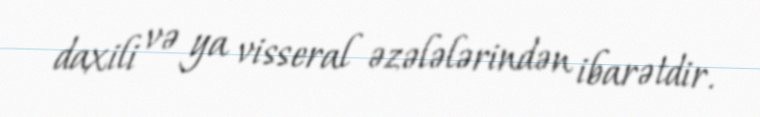
daxili və ya visseral əzələlərindən ibarətdir.